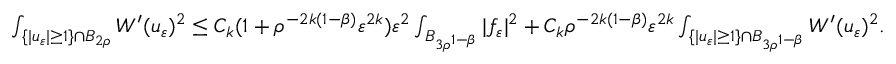
\begin{array} { r } { \int _ { \{ | u _ { \varepsilon } | \geq 1 \} \cap B _ { 2 \rho } } W ^ { \prime } ( u _ { \varepsilon } ) ^ { 2 } \leq C _ { k } ( 1 + \rho ^ { - 2 k ( 1 - \beta ) } \varepsilon ^ { 2 k } ) \varepsilon ^ { 2 } \int _ { B _ { 3 \rho ^ { 1 - \beta } } } | f _ { \varepsilon } | ^ { 2 } + C _ { k } \rho ^ { - 2 k ( 1 - \beta ) } \varepsilon ^ { 2 k } \int _ { \{ | u _ { \varepsilon } | \geq 1 \} \cap B _ { 3 \rho ^ { 1 - \beta } } } W ^ { \prime } ( u _ { \varepsilon } ) ^ { 2 } . } \end{array}